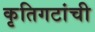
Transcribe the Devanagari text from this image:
कृतिगटांची